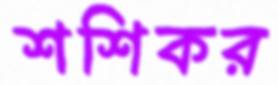
শশিকর